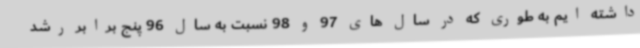
داشته ایم به طوری که در سال های 97 و 98 نسبت به سال 96 پنج برابر رشد